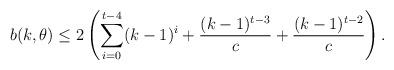
LaTeX: \begin{align*}b(k,\theta) \leq 2\left(\sum_{i=0}^{t-4} (k-1)^{i}+ \frac{(k-1)^{t-3}}{c}+\frac{(k-1)^{t-2}}{c}\right). \end{align*}